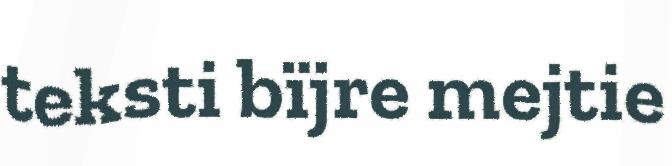
teksti bïjre mejtie